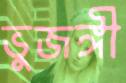
ভুজঙ্গী